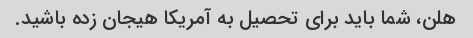
هلن، شما باید برای تحصیل به آمریکا هیجان زده باشید.